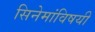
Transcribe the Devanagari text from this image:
सिनेमांविषयी